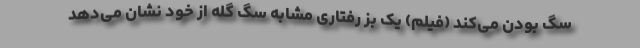
سگ بودن می‌کند (فیلم) یک بز رفتاری مشابه سگ گله از خود نشان می‌دهد